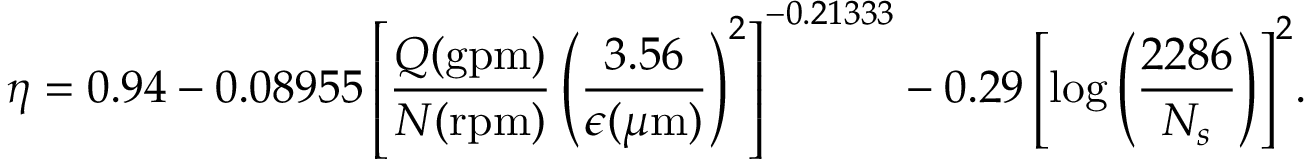
{ \eta = 0 . 9 4 - 0 . 0 8 9 5 5 \left[ \frac { Q ( \mathrm { { g p m ) } } } { N ( \mathrm { { r p m } } ) } \left( \frac { 3 . 5 6 } { \epsilon ( \mu \mathrm { { m } } ) } \right) ^ { 2 } \right] ^ { - 0 . 2 1 3 3 3 } - 0 . 2 9 \left[ \log \left( { \frac { 2 2 8 6 } { N _ { s } } } \right) \right] ^ { 2 } } .